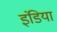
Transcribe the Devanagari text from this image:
इंडिया